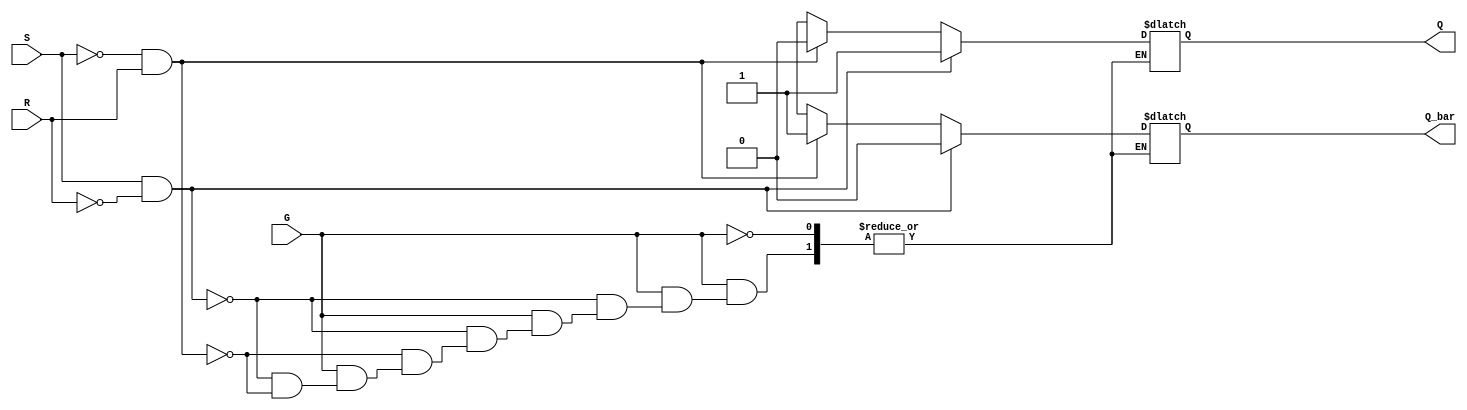
module GatedSRLatch (
    input wire S,      // Set input
    input wire R,      // Reset input
    input wire G,      // Enable input
    output reg Q,      // Output Q
    output reg Q_bar   // Complementary output not Q
);

    always @(*) begin
        if (G) begin
            if (S && !R) begin
                Q = 1;         // Set Q to 1
                Q_bar = 0;     // Set Q to 0
            end
            else if (!S && R) begin
                Q = 0;         // Reset Q to 0
                Q_bar = 1;     // Set Q to 1
            end
            else if (S && R) begin
                // Invalid state (Both S and R high)
                // Q and Q could go to indeterminate state
                // We can either do nothing or assign specific values
                // For safety, we can keep the previous state or assign a default value
                Q = Q;         // Maintain current state
                Q_bar = Q_bar; // Maintain current state
            end
            else begin
                // Maintain current state when S = 0 and R = 0
                Q = Q;
                Q_bar = Q_bar;
            end
        end 
    end

endmodule